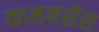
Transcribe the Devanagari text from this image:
कामनसेंस